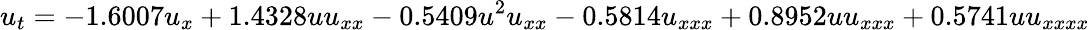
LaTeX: u_{t}=-1.6007u_{x}+1.4328uu_{xx}-0.5409u^{2}u_{xx}-0.5814u_{xxx}+0.8952uu_{xxx}+0.5741uu_{xxxx}